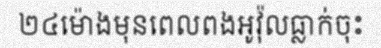
២៤ម៉ោងមុនពេលពងអូវ៉ុលធ្លាក់ចុះ